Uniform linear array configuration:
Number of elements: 48
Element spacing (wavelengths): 0.5
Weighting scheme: hann
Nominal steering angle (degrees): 60
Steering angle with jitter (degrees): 60.672
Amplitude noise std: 0.05
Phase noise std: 0.05

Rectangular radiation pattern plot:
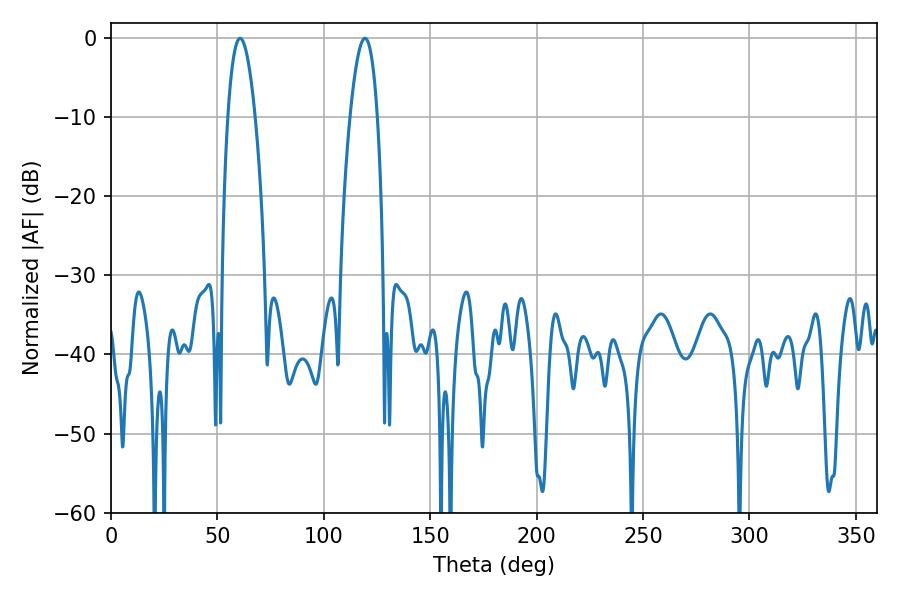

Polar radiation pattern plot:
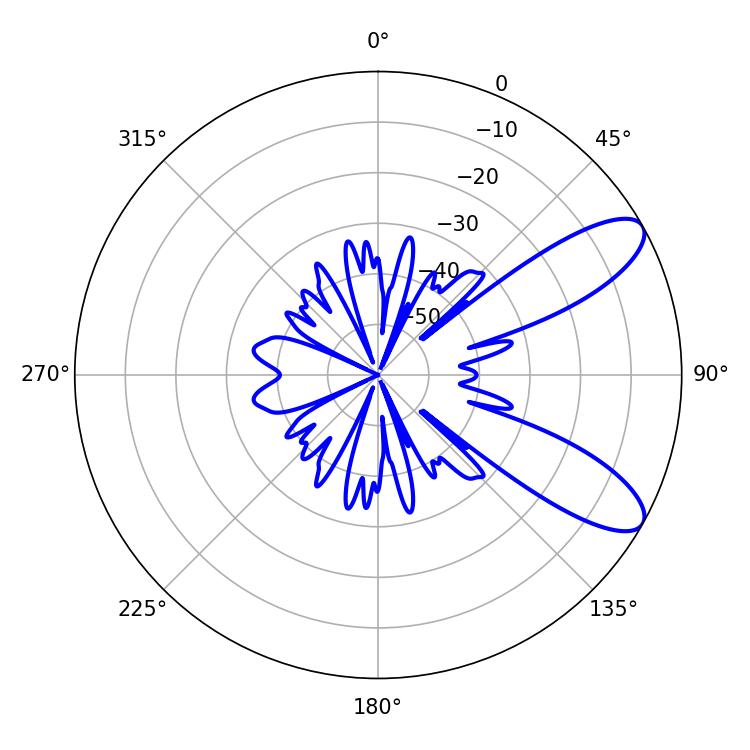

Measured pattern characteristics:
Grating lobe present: FALSE
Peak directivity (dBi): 9.348
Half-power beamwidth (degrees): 7.2
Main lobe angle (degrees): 60.66